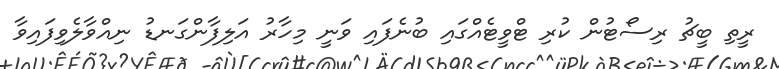
ރީތި ބީޗު ރިސޯޓުން ކުރި ޓްވީޓެއްގައި ބުނެފައި ވަނީ މިހާރު އަލިފާންގަނޑު ނިއްވާލެވިފައިވާ